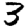
Digit: 3